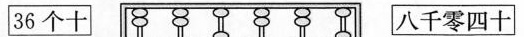
36个十 八千零四十百